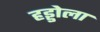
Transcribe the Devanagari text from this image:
हड्डोला